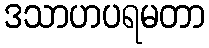
ဒသာဟပရမတာ